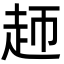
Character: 䞙